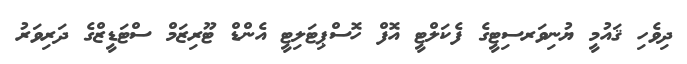
ދިވެހި ޤައުމީ ޔުނިވަރސިޓީގެ ފެކަލްޓީ އޮފް ހޮސްޕިޓަލިޓީ އެންޑް ޓޫރިޒަމް ސްޓަޑީޒްގެ ދަރިވަރު